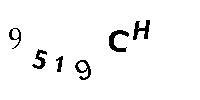
9519CH